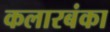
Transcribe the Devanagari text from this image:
कलारबंका